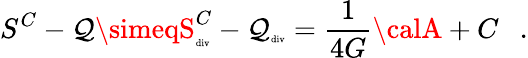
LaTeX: S^{C}-\mathcal{Q}\simeqS_{\tiny\mathrm{{div}}}^{C}-\mathcal{Q}_{\tiny\mathrm{{div}}}={\frac{{1}}{{4G}}}{\calA}+C~~~.